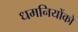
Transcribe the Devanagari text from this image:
धमनियोंको